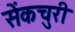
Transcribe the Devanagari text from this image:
सेंकचुरी